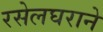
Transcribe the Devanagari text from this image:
रसेलघराने